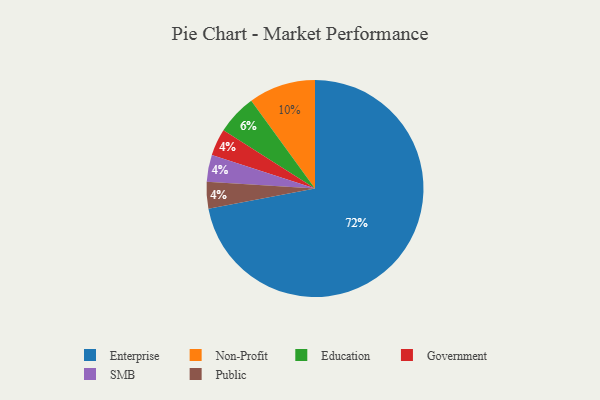
{"axis": {"x": "Category", "y": "Percentage"}, "legend": ["Education", "Enterprise", "Government", "Non-Profit", "Public", "SMB"], "data": [{"x": "Education", "y": 6, "type": "Education"}, {"x": "Government", "y": 4, "type": "Government"}, {"x": "Non-Profit", "y": 10, "type": "Non-Profit"}, {"x": "SMB", "y": 4, "type": "SMB"}, {"x": "Enterprise", "y": 72, "type": "Enterprise"}, {"x": "Public", "y": 4, "type": "Public"}]}